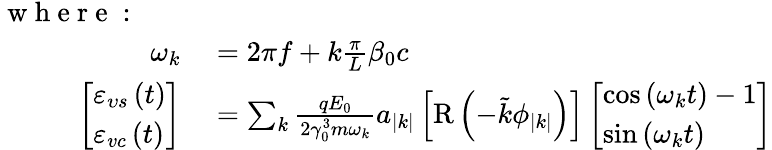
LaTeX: \begin{array}{rl}{\mathrm{~w~h~e~r~e~:~~~}~~~}&{{}}\\ {\omega_{k}}&{{}=2\pi f+k\frac{\pi}{L}\beta_{0}c}\\ {\left[\begin{array}{l}{\varepsilon_{\upsilon s}\left(t\right)}\\ {\varepsilon_{vc}\left(t\right)}\end{array}\right]}&{{}=\sum_{k}\frac{qE_{0}}{2\gamma_{0}^{3}m\omega_{k}}a_{\left|k\right|}\left[\mathrm{R}\left(-\tilde{k}\phi_{\left|k\right|}\right)\right]\left[\begin{array}{l}{\cos\left(\omega_{k}t\right)-1}\\ {\sin\left(\omega_{k}t\right)}\end{array}\right]}\end{array}